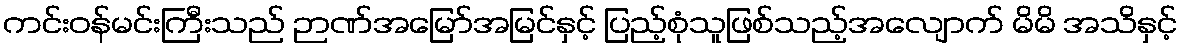
ကင်းဝန်မင်းကြီးသည် ဉာဏ်အမြော်အမြင်နှင့် ပြည့်စုံသူဖြစ်သည့်အလျောက် မိမိ အသိနှင့်